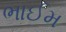
ભાઈમ